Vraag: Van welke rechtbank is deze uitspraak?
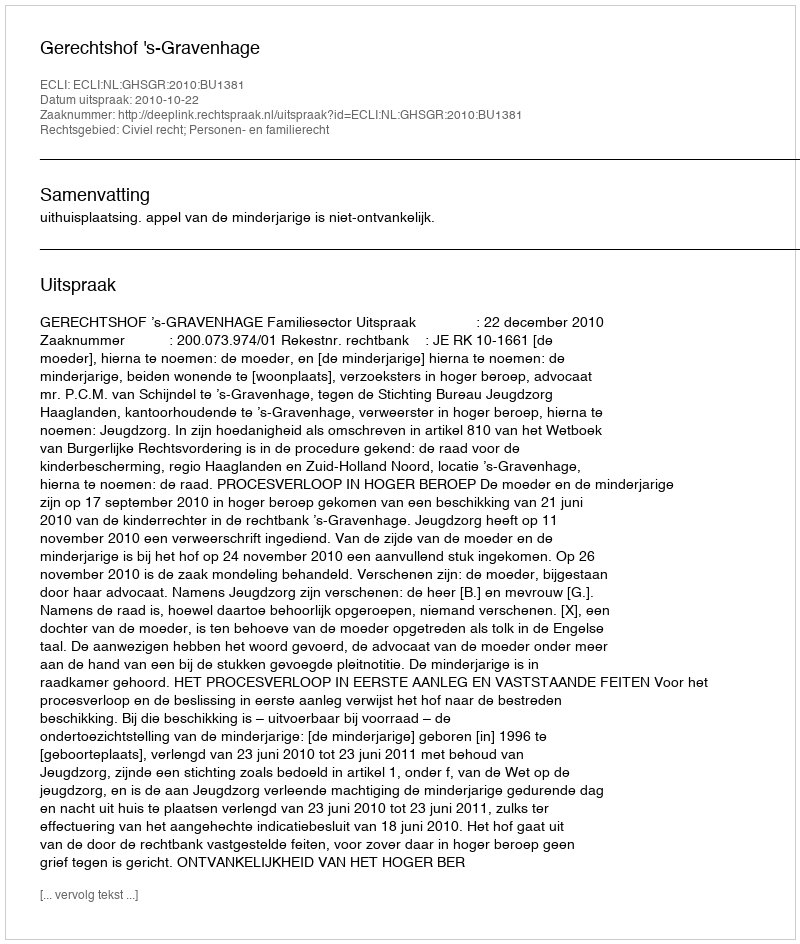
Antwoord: Gerechtshof 's-Gravenhage